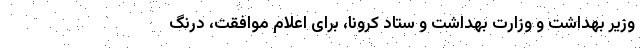
وزیر بهداشت و وزارت بهداشت و ستاد کرونا، برای اعلام موافقت، درنگ